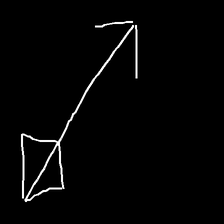
Glyph: focus